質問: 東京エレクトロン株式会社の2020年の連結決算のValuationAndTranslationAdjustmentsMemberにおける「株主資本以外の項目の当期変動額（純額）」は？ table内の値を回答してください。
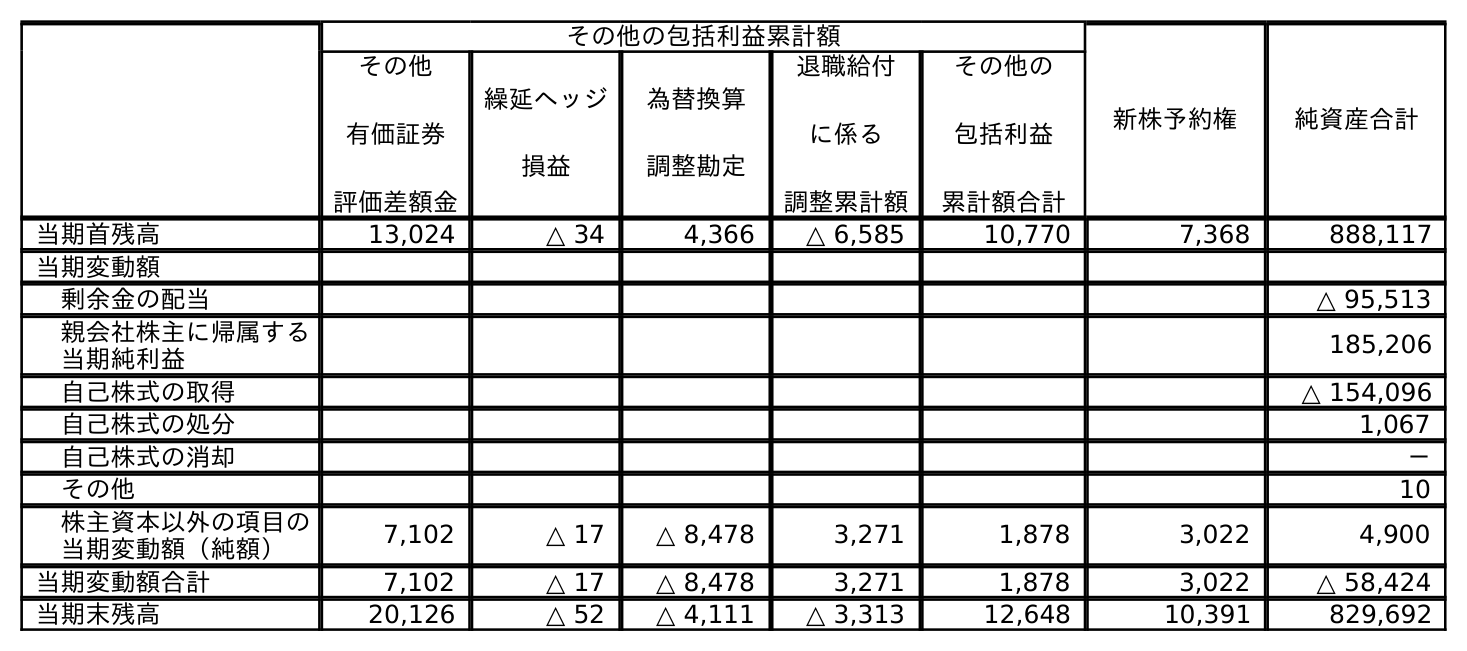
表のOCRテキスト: その他の包括利益累計額 新株予約権 純資産合計 その他 有価証券 評価差額金 繰延ヘッジ 損益 為替換算 調整勘定 退職給付 に係る 調整累計額 その他の 包括利益 累計額合計 当期首残高 13,024 △ 34 4,366 △ 6,585 10,770 7,368 888,117 当期変動額 剰余金の配当 △ 95,513 親会社株主に帰属する 当期純利益 185,206 自己株式の取得 △ 154,096 自己株式の処分 1,067 自己株式の消却 － その他 10 株主資本以外の項目の 当期変動額（純額） 7,102 △ 17 △ 8,478 3,271 1,878 3,022 4,900 当期変動額合計 7,102 △ 17 △ 8,478 3,271 1,878 3,022 △ 58,424 当期末残高 20,126 △ 52 △ 4,111 △ 3,313 12,648 10,391 829,692
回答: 1,878